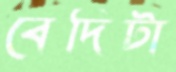
বেদিটা